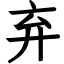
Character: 弃